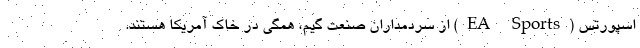
اسپورتس (EA Sports) از سردمداران صنعت گیم، همگی در خاک آمریکا هستند.